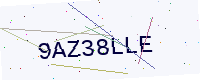
Text: 9AZ38LLE